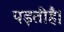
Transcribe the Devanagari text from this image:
पड़तीहै।